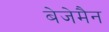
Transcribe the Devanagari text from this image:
बेजेमैन